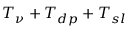
T _ { \nu } + T _ { d p } + T _ { s l }